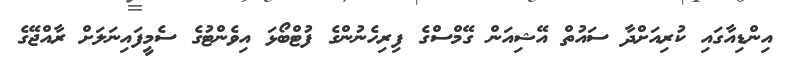
އިންޑިއާގައި ކުރިއަށްދާ ސައުތް އޭޝިއަން ގޭމްސްގެ ފިރިހެނުންގެ ފުޓްބޯޅަ އިވެންޓުގެ ސެމީފައިނަލަށް ރާއްޖޭގެ